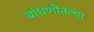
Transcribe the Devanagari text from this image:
बांधणीतल्या